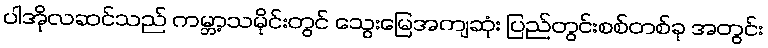
ပါအိုလဆင်သည် ကမ္ဘာ့သမိုင်းတွင် သွေးမြေအကျဆုံး ပြည်တွင်းစစ်တစ်ခု အတွင်း